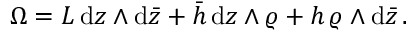
\Omega = { \cal L } \, \mathrm { d } z \wedge \mathrm { d } \bar { z } + \bar { h } \, \mathrm { d } z \wedge \varrho + h \, \varrho \wedge \mathrm { d } \bar { z } \, .